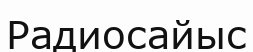
Радиосайыс